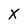
Character: X